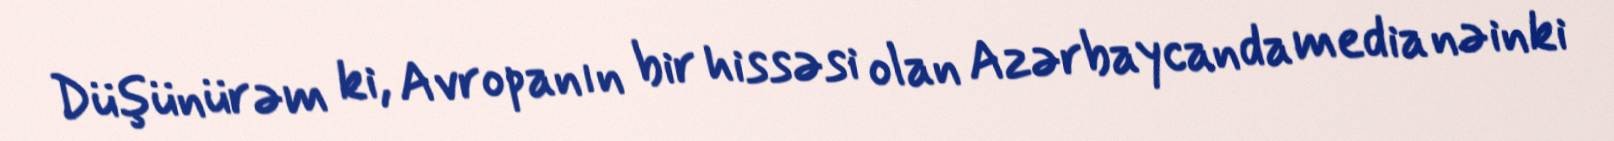
Düşünürəm ki, Avropanın bir hissəsi olan Azərbaycanda media nəinki